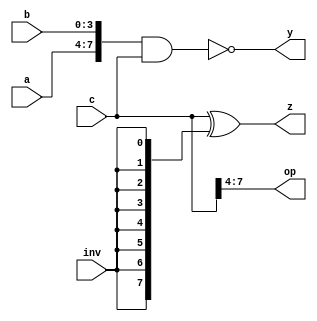
module conc_op(a,b,c,inv,y,op,z);
input[3:0] a,b;
input[7:0] c;
input inv;
output[7:0] y,z;
output[3:0] op;

wire[7:0] x;
assign x={a,b};

wire[7:0] y;
assign y=~(x&c);

wire[3:0] op;
assign op=c[7:4];

wire[7:0] z;
assign z=c^{8{inv}};

endmodule

module test_conc_op;
reg[3:0] a,b;
reg[7:0] c;
reg inv;
wire[7:0] y,z;
wire[3:0] op;

conc_op conc0(a,b,c,inv,y,op,z);
initial begin
	a=4'hf;b=4'h0;c=8'hff;inv=0;
#10	a=4'h0;	      c=8'h00;inv=1;
#10	a=4'hf;b=4'hf;c=8'hff;
#10	$stop;
end
endmodule